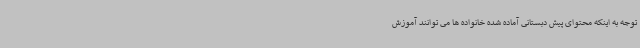
توجه به اینکه محتوای پیش دبستانی آماده شده خانواده ها می توانند آموزش